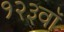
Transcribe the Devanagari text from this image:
१२३वॉ